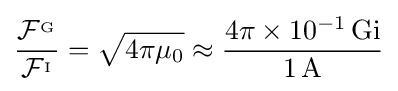
{\frac {{\mathcal {F}}^{_{\mathrm {G} }}}{{\mathcal {F}}^{_{\mathrm {I} }}}}={\sqrt {4\pi \mu _{0}}}\approx {\frac {4\pi \times 10^{-1}\,\mathrm {Gi} }{1\,\mathrm {A} }}